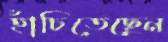
হাঁচিতেছেন